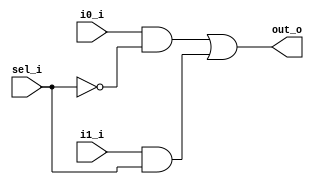
`timescale 1ns / 1ps
//////////////////////////////////////////////////////////////////////////////////
// Company: 
// Engineer: 
// 
// Design Name: 
// Module Name: mux2to1
// Project Name: 
// Target Devices: 
// Tool Versions: 
// Description: 
// 
// Dependencies: 
// 
// Revision:
// Revision 0.01 - File Created
// Additional Comments:
// 
//////////////////////////////////////////////////////////////////////////////////

module mux2to1
(
output out_o,
input i0_i,
input i1_i,
input sel_i

);

wire not1, and1, and2;

not G1 (not1,sel_i);
and G2 (and1,i0_i,not1);
and G3 (and2,i1_i,sel_i);
or G4 (out_o,and1,and2);

endmodule